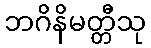
ဘဂိနိမတ္တီသု